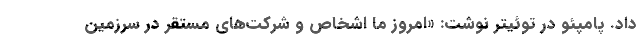
داد. پامپئو در توئیتر نوشت: «امروز ما اشخاص و شرکت‌های مستقر در سرزمین